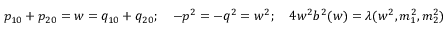
p _ { 1 0 } + p _ { 2 0 } = w = q _ { 1 0 } + q _ { 2 0 } ; \quad - p ^ { 2 } = - q ^ { 2 } = w ^ { 2 } ; \quad 4 w ^ { 2 } b ^ { 2 } ( w ) = \lambda ( w ^ { 2 } , m _ { 1 } ^ { 2 } , m _ { 2 } ^ { 2 } )